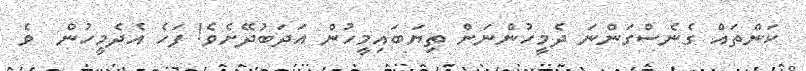
ކަންތައް ގެނެސްގަންނަ ދެމީހުންނަށް ތިޔަބައިމީހުން އަދަބުދޭށެވެ! ފަހެ އެދެމީހުން  ވެ